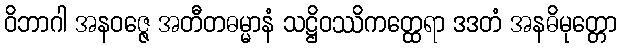
ဝိဘာဂါ အနဝဇ္ဇေ အတီတဓမ္မာနံ သဋ္ဌိဝဿိကတ္ထေရာ ဒဒတံ အနဓိမုတ္တော